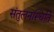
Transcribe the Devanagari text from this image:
संतुलनस्थिति